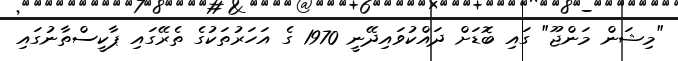
"މިޝަން މަންޖޫ" ގައި ބޮޑަށް ދައްކުވައިދޭނީ 1970 ގެ އަހަރުތަކުގެ ތެރޭގައި ޕާކީސްތާނުގައި